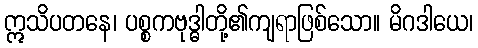
ဣသိပတနေ၊ ပစ္စကဗုဒ္ဓါတို့၏ကျရာဖြစ်သော။ မိဂဒါယေ၊